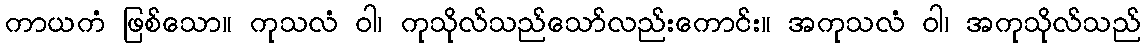
ကာယကံ ဖြစ်သော။ ကုသလံ ဝါ၊ ကုသိုလ်သည်သော်လည်းကောင်း။ အကုသလံ ဝါ၊ အကုသိုလ်သည်